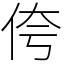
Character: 侉